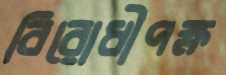
বিরোধীপক্ষ